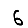
Digit: 6